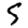
Digit: 5